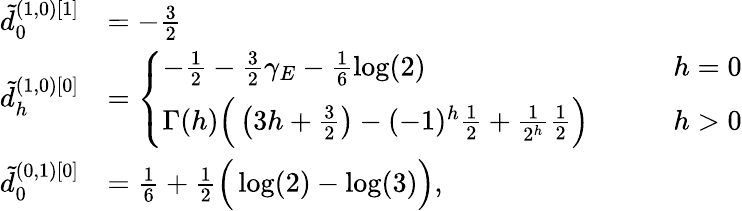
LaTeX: \begin{array}{rl}{\tilde{d}_{0}^{(1,0)[1]}}&{=-\frac{3}{2}}\\ {\tilde{d}_{h}^{(1,0)[0]}}&{=\left\{ \begin{array}{ll}{-\frac 12-\frac{3}{2}\gamma_{E}-\frac{1}{6}\log(2)}&{\qquad h=0}\\ {\Gamma(h)\Big(\left(3h+\frac{3}{2}\right)-(-1)^{h}\frac 12+\frac{1}{2^{h}}\frac 12\Big)}&{\qquad h>0}\end{array}\right.}\\ {\tilde{d}_{0}^{(0,1)[0]}}&{=\frac 16+\frac 12\Big(\log(2)-\log(3)\Big),}\end{array}